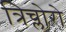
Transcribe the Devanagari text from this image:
त्रिच्लोरो